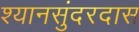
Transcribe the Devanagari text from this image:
श्यानसुंदरदास